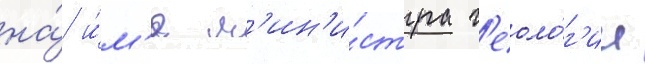
на́ и́м'я м'ин'и́стра г'еоло́г'ии